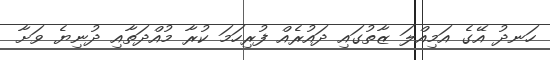
ހަނދު އޭގެ އަމިއްލަ ޒާތުގައި ދައުރެއް ފުރިހަމަ ކުރާ މުއްދަތާއި ދުނިޔެ ވަށާ